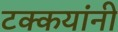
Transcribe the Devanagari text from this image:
टक्कयांनी